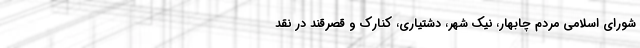
شوراي اسلامي مردم چابهار، نيك شهر، دشتياري، كنارك و قصرقند در نقد